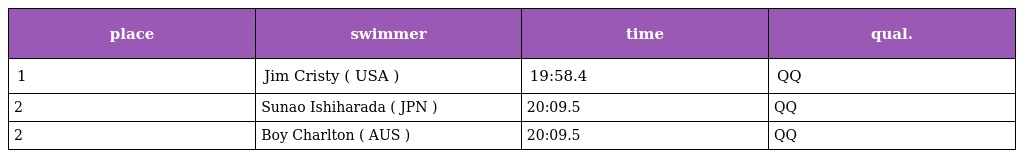
| place | swimmer | time | qual. |
 | --- | --- | --- | --- |
 | 1 | Jim Cristy ( USA ) | 19:58.4 | QQ |
 | 2 | Sunao Ishiharada ( JPN ) | 20:09.5 | QQ |
 | 2 | Boy Charlton ( AUS ) | 20:09.5 | QQ |